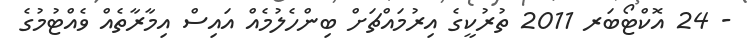
- 24 އޮކްޓޯބަރ 2011 ތުރުކީގެ އިރުމައްޗަށް ބިންހެލުމެއް އައިސް އިމާރާތެއް ވެއްޓުމުގެ